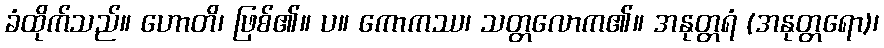
ခံထိုက်သည်။ ဟောတိ၊ ဖြစ်၏။ ပ။ ကောကဿ၊ သတ္တလောက၏။ အနုတ္တရံ (အနုတ္တရော)၊